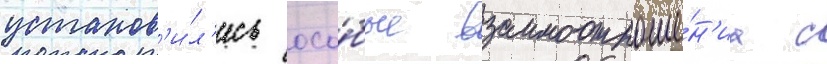
установ'и́л'ись осо́бые взаимоотноше́н'иа с